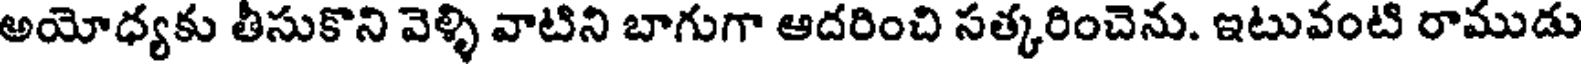
అయోధ్యకు తీసుకొని వెళ్ళి వాటిని బాగుగా ఆదరించి సత్కరించెను. ఇటువంటి రాముడు